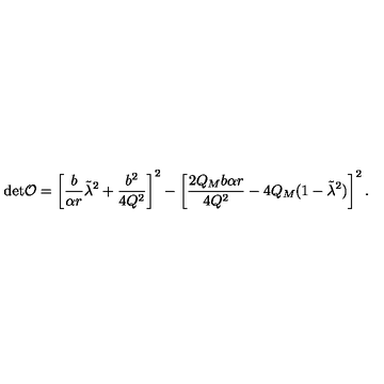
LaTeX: \mathrm { d e t } { \cal O } = \left[ \frac { b } { \alpha r } \tilde { \lambda } ^ { 2 } + \frac { b ^ { 2 } } { 4 Q ^ { 2 } } \right] ^ { 2 } - \left[ \frac { 2 Q _ { M } b \alpha r } { 4 Q ^ { 2 } } - 4 Q _ { M } ( 1 - \tilde { \lambda } ^ { 2 } ) \right] ^ { 2 } .